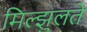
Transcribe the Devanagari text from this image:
मिल्झुलते